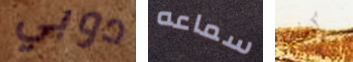
دوبي سماعه كيف